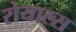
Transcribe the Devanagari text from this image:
रोयाल्स